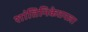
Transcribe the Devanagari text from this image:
शांतिनिकेतनला